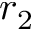
r _ { 2 }